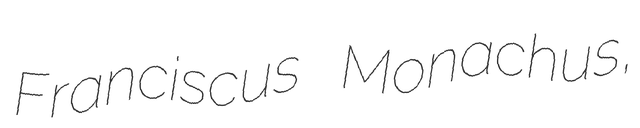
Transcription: Franciscus Monachus,